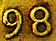
98